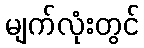
မျက်လုံးတွင်